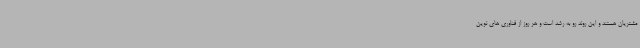
مشتریان هستند و این روند رو به رشد است و هر روز از فناوری های نوین